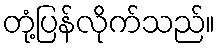
တုံ့ပြန်လိုက်သည်။